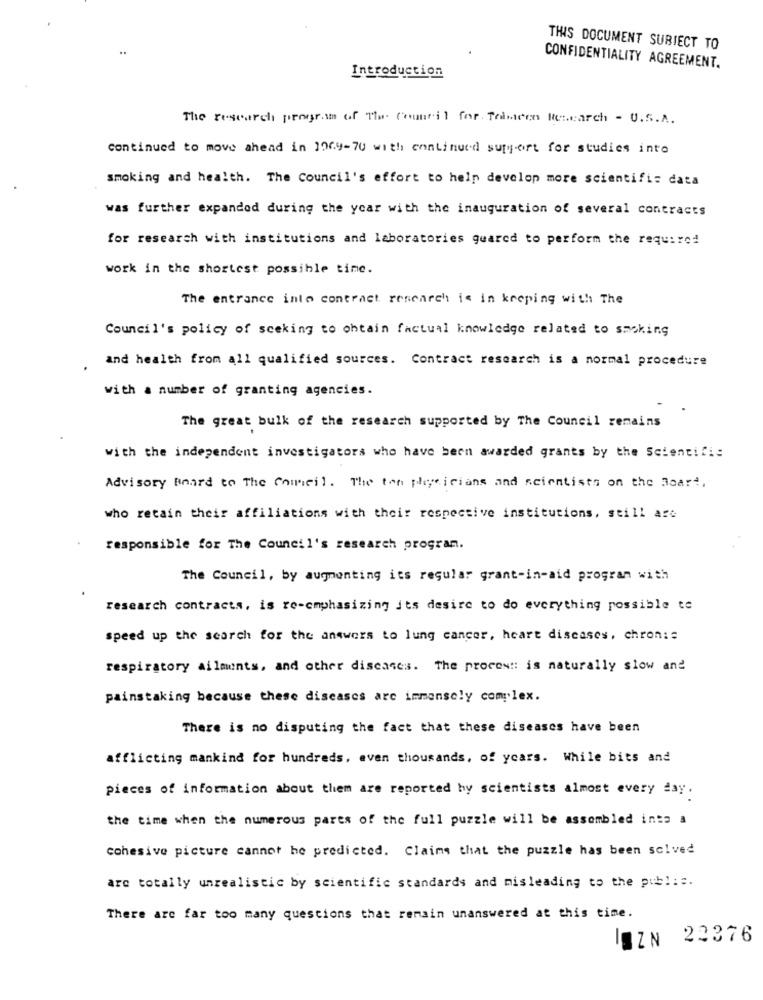
THIS DOCUMENT SUBIECT TO
Introduction
CONFIDENTIALITY AGREEMENT.
The research program of The Council for Temcon Research - U.S.A.
continued to move ahead in 1969-70 with continued suty-ort for studies into
smoking and health. The Council's effort to help develop more scientific data
was further expanded during the ycar with the inauguration of several contracts
for research with institutions and laboratories quared to perform the required
work in the shortest possible time.
The entrance into contract research is in keeping with The
Council's policy of seeking to obtain factual knowledge related to smoking
and health from all qualified sources. Contract research is a normal procedure
with a number of granting agencies.
The great bulk of the research supported by The Council remains
with the independent investigators who have been awarded grants by the Scientific
Advisory Board to The Council. The ton physicians and scientists on the Board,
who retain their affiliations with their respective institutions, still are
responsible for The Council's research program.
The Council, by augmenting its regular grant-in-aid program with
research contracts, is re-emphasizing its desire to do everything possible te
speed up the search for the answers to lung cancer, heart discases, chron: s
respiratory ailments, and other discases. The proces :: is naturally slow and
painstaking because these diseases arc immensely complex.
There is no disputing the fact that these diseases have been
afflicting mankind for hundreds, even thousands, of ycars. While bits and
pieces of information about them are reported by scientists almost every day.
the time when the numerous pares of the full puzzle will be assembled ints a
cohesive picture cannot be predicted. Claims that the puzzle has been solved
are totally unrealistic by scientific standards and misleading to the pub !::.
There are far too many questions that remain unanswered at this time.
IOZN 22376